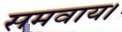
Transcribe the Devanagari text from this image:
समवाय।